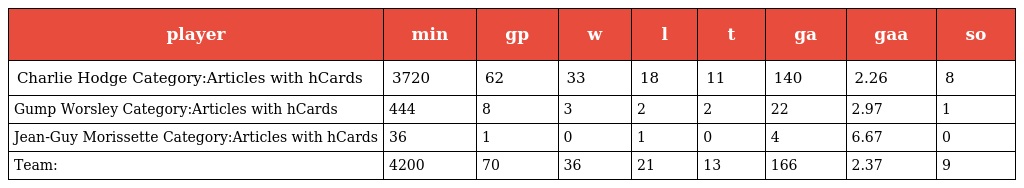
| player | min | gp | w | l | t | ga | gaa | so |
 | --- | --- | --- | --- | --- | --- | --- | --- | --- |
 | Charlie Hodge Category:Articles with hCards | 3720 | 62 | 33 | 18 | 11 | 140 | 2.26 | 8 |
 | Gump Worsley Category:Articles with hCards | 444 | 8 | 3 | 2 | 2 | 22 | 2.97 | 1 |
 | Jean-Guy Morissette Category:Articles with hCards | 36 | 1 | 0 | 1 | 0 | 4 | 6.67 | 0 |
 | Team: | 4200 | 70 | 36 | 21 | 13 | 166 | 2.37 | 9 |